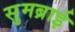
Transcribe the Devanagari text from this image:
सुमब्राई